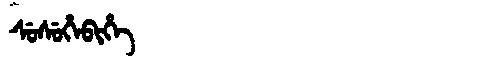
Manchu: ᠰᡠᠰᡠᡥᡝᠪᡳᡥᡝ
Romanization: SUSUHEBIHE